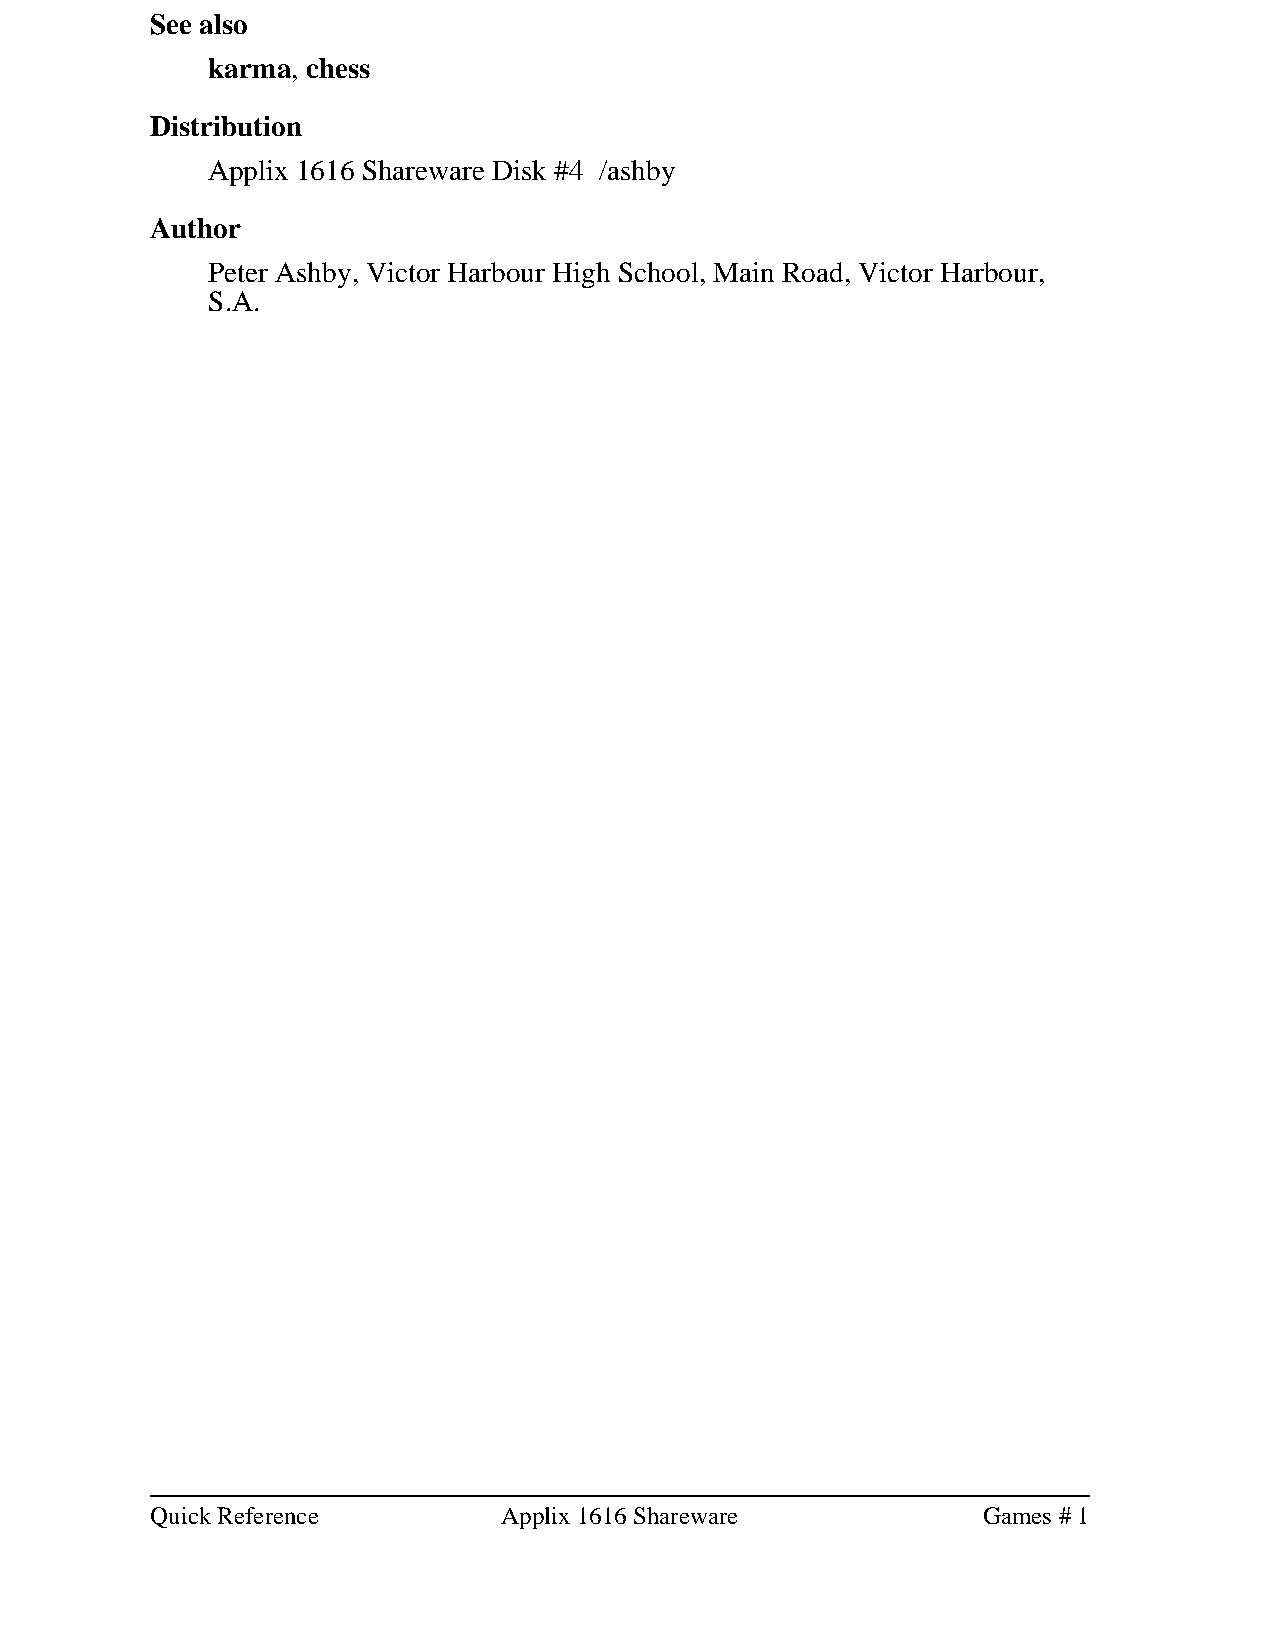
See also
 karma, chess
 Distribution
 Applix 1616 Shareware Disk #4 /ashby
 Author
 Peter Ashby, Victor Harbour High School, Main Road, Victor Harbour,
 S.A.
 Quick Reference        Applix 1616 Shareware           Games # 1